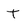
Character: t